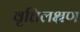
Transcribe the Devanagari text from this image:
वृत्तिलक्षण